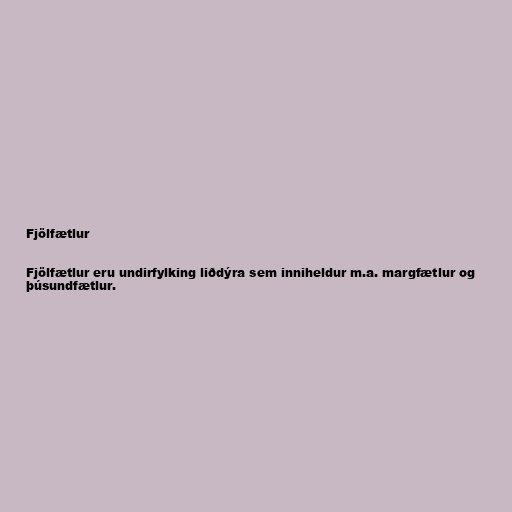
Fjölfætlur

Fjölfætlur eru undirfylking liðdýra sem inniheldur m.a. margfætlur og
þúsundfætlur.